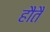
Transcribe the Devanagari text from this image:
हौतै